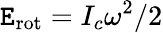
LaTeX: \mathtt{E}_{\mathrm{{rot}}}=I_{c}\omega^{2}/2